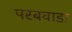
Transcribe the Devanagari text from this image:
परबवाडा